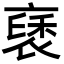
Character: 褎